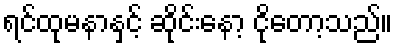
ရင်ထုမနာနှင့် ဆိုင်းနော့ ငိုတော့သည်။